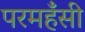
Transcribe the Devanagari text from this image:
परमहँसी